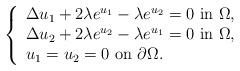
LaTeX: \begin{align*}\left\{\begin{array}{l}\Delta u_1+ 2\lambda e^{u_1}-\lambda e^{u_2}=0 \ \mbox{in} \ \Omega, \\\Delta u_2+ 2 \lambda e^{u_2}- \lambda e^{u_1}=0 \ \mbox{in} \ \Omega, \\u_1=u_2 =0 \ \mbox{on} \ \partial \Omega.\end{array}\right.\end{align*}